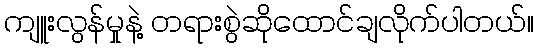
ကျူးလွန်မှုနဲ့ တရားစွဲဆိုထောင်ချလိုက်ပါတယ်။